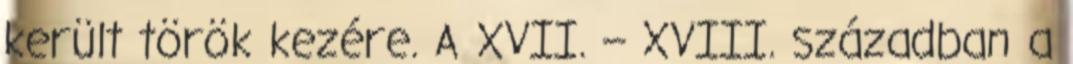
került török kezére. A XVII. – XVIII. században a